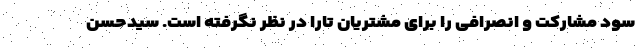
سود مشارکت و انصرافی را برای مشتریان تارا در نظر نگرفته است. سیدحسن